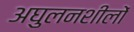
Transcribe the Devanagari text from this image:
अघुलनशीलों